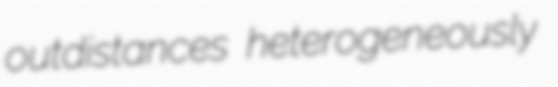
outdistances heterogeneously